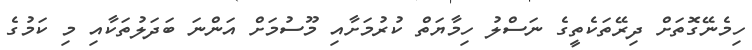
ހިމެނޭގޮތަށް ދިރޭތަކެތީގެ ނަސްލު ހިމާޔަތް ކުރުމަށާއި މޫސުމަށް އަންނަ ބަދަލުތަކާއި މި ކަމުގެ